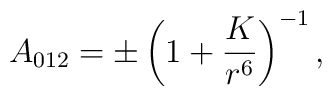
A_{012}=\pm\left( 1+\frac{K}{r^6}\right) ^{-1},